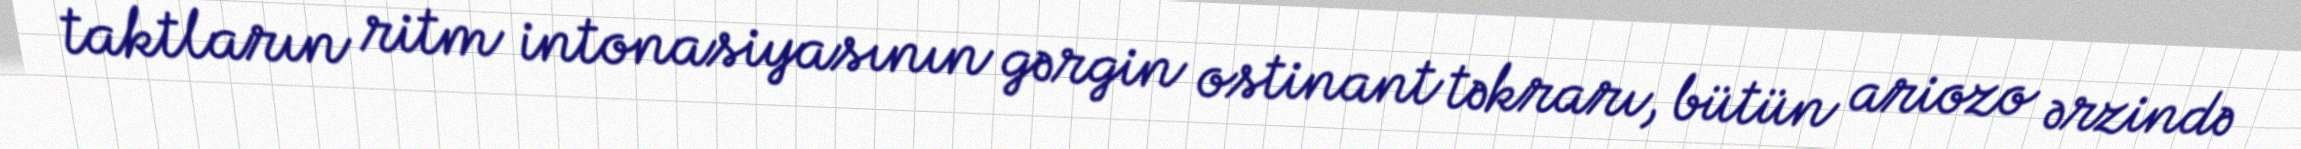
taktların ritm intonasiyasının gərgin ostinant təkrarı, bütün ariozo ərzində